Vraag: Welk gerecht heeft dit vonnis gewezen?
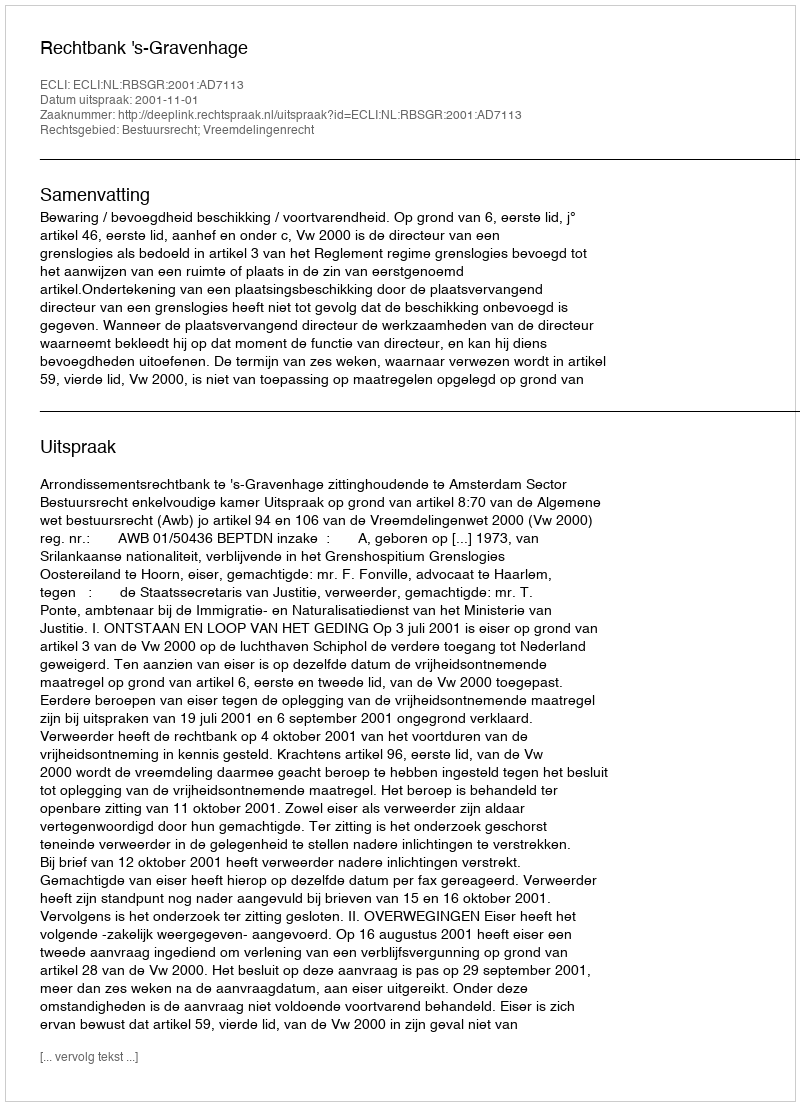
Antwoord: Rechtbank 's-Gravenhage